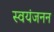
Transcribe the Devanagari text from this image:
स्वयंजनन